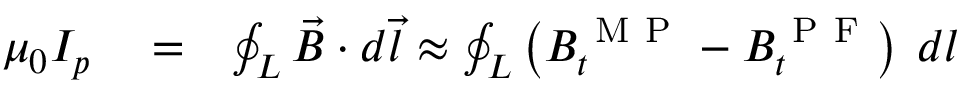
\begin{array} { r l r } { \mu _ { 0 } I _ { p } } & { { } = } & { \oint _ { L } \vec { B } \cdot d \vec { l } \approx \oint _ { L } \left( B _ { t } ^ { \mathrm { ~ M ~ P ~ } } - B _ { t } ^ { \mathrm { ~ P ~ F ~ } } \right) \: d l } \end{array}